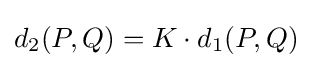
d_{2}(P,Q)=K\cdot d_{1}(P,Q)